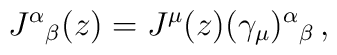
J^{\alpha}{}_{\beta}(z)=J^{\mu}(z)(\gamma_{\mu})^{\alpha}{}_{\beta}\,,